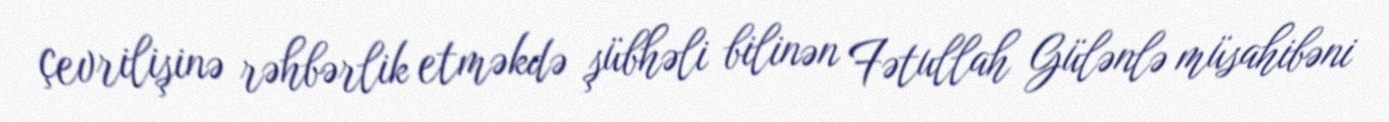
çevrilişinə rəhbərlik etməkdə şübhəli bilinən Fətullah Gülənlə müsahibəni